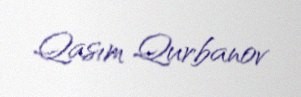
Qasım Qurbanov